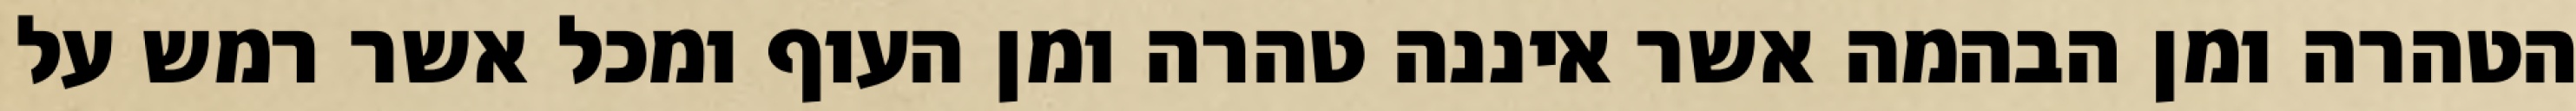
הטהרה ומן הבהמה אשר איננה טהרה ומן העוף ומכל אשר רמש על